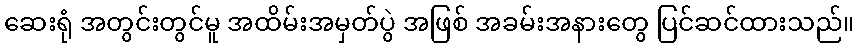
ဆေးရုံ အတွင်းတွင်မူ အထိမ်းအမှတ်ပွဲ အဖြစ် အခမ်းအနားတွေ ပြင်ဆင်ထားသည်။